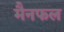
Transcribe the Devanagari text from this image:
मैनफल